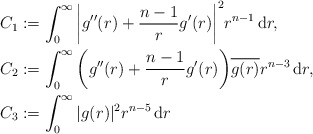
\begin{align*}C_1 & := \int_0^\infty \bigg|g''(r) + \frac{n-1}{r}g'(r)\bigg|^2 r^{n-1} \, \mathrm{d}r, \\C_2 & := \int_0^\infty \bigg(g''(r) + \frac{n - 1}{r} g'(r)\bigg)\overline{g(r)} r^{n-3} \, \mathrm{d}r, \\ C_3 & := \int_0^\infty |g(r)|^2 r^{n-5} \, \mathrm{d}r \end{align*}